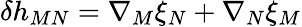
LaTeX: \delta h_{MN}=\nabla_{M}\xi_{N}+\nabla_{N}\xi_{M}